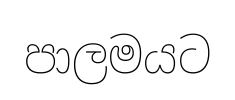
පාලමයට